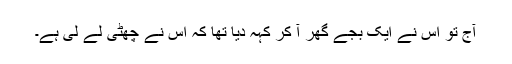
آج تو اس نے ایک بجے گھر آ کر کہہ دیا تھا کہ اس نے چھٹی لے لی ہے۔